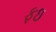
ફઇ